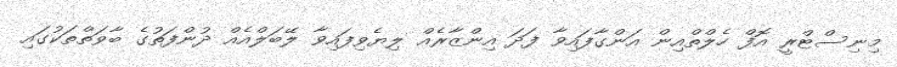
މިނިސްޓްރީ އޮފް ހެލްތްއިން އަންގާފައިވާ ފަދަ އިންޒާރެއް ލިޔެވިފައިވާ ލޭބަލްއެއް ދުންފަތުގެ ބާވަތްތަކުގައި